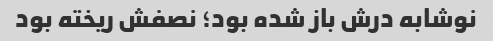
نوشابه درش باز شده بود؛ نصفش ریخته بود